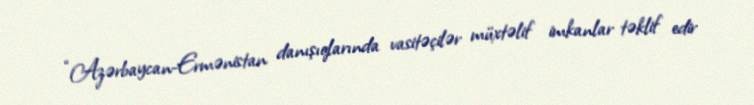
“Azərbaycan-Ermənistan danışıqlarında vasitəçilər müxtəlif imkanlar təklif edir